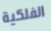
الفلكية